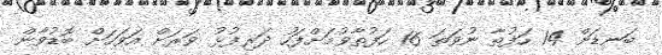
ބަނޑަށް 14 ހަފުތާ ނުވަތަ 16 ހަފުތާވުމަށްފަހު ދަރިފުޅު ވަރަށް އަވަހަށް ބޮޑުވާން